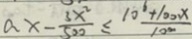
a x - \frac { 3 x ^ { 2 } } { 5 0 0 } \leq \frac { 1 0 ^ { 6 } + 1 0 0 x } { 1 0 0 }